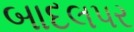
બાદલપર